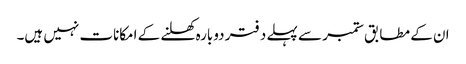
ان کے مطابق ستمبر سے پہلے دفتر دوبارہ کھلنے کے امکانات نہیں ہیں۔